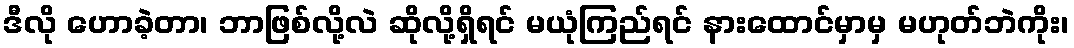
ဒီလို ဟောခဲ့တာ၊ ဘာဖြစ်လို့လဲ ဆိုလို့ရှိရင် မယုံကြည်ရင် နားထောင်မှာမှ မဟုတ်ဘဲကိုး၊